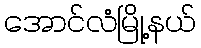
အောင်လံမြို့နယ်